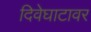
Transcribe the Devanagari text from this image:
दिवेघाटावर